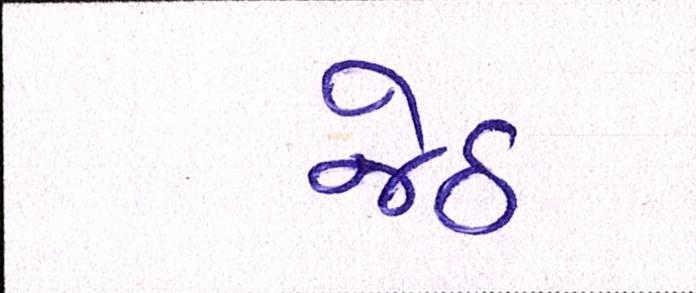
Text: જેઠ